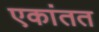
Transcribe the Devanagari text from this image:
एकांतत